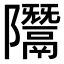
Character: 𨽨